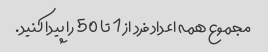
مجموع همه اعداد فرد از 1 تا 50 را پیدا کنید.